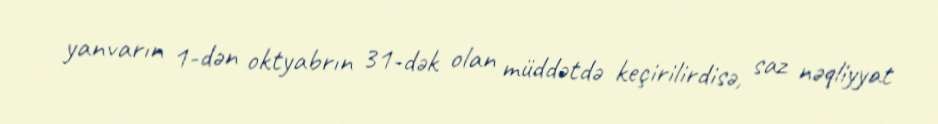
yanvarın 1-dən oktyabrın 31-dək olan müddətdə keçirilirdisə, saz nəqliyyat